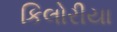
કિલોરીયા